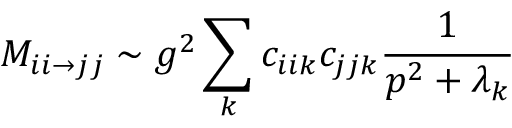
{ \cal M } _ { i i \rightarrow j j } \sim g ^ { 2 } \sum _ { k } c _ { i i k } c _ { j j k } \frac { 1 } { p ^ { 2 } + \lambda _ { k } }